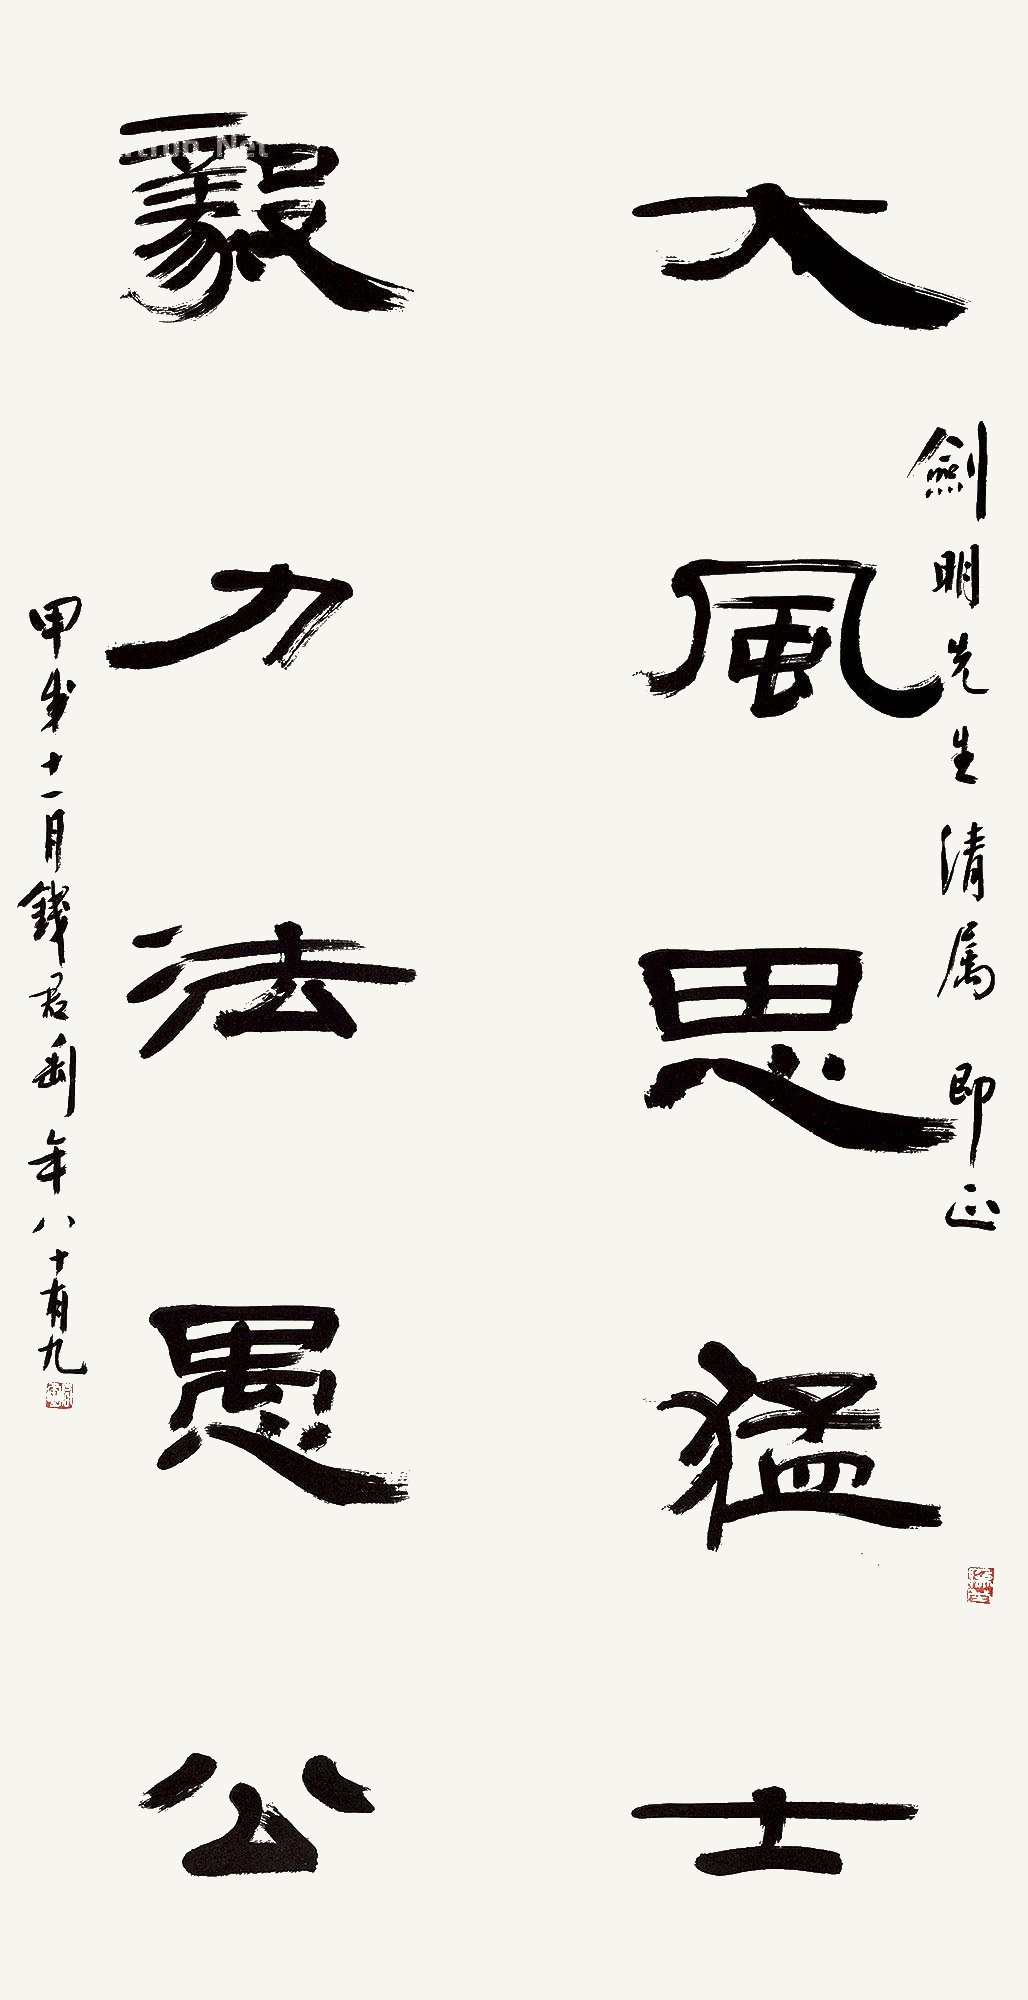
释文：大风思猛士，毅力法愚公。剑明先生清属即正。甲戌十一月，钱君匋年八十有九。